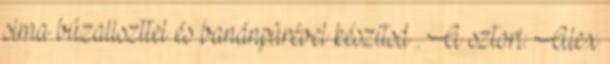
sima búzaliszttel és banánpürével készítsd . A sztori: Alex